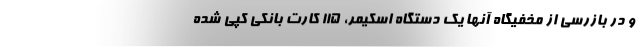
و در بازرسی از مخفیگاه آنها یک دستگاه اسکیمر، ۱۱۵ کارت بانکی کپی شده